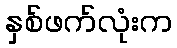
နှစ်ဖက်လုံးက